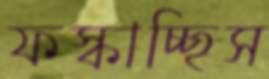
ফস্‌কাচ্ছিস